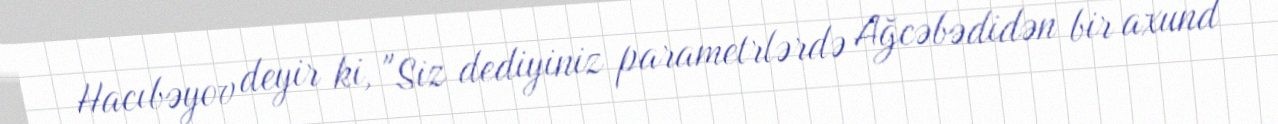
Hacıbəyov deyir ki, "Siz dediyiniz parametrlərdə Ağcəbədidən bir axund